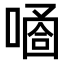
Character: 𠻙